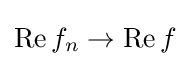
\operatorname {Re} f_{n}\to \operatorname {Re} f